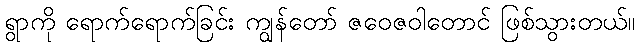
ရွာကို ရောက်ရောက်ခြင်း ကျွန်တော် ဇဝေဇဝါတောင် ဖြစ်သွားတယ်။